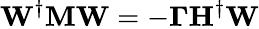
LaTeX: \mathbf{W}^{\dagger}\mathbf{M}\mathbf{W}=-\mathbf{\Gamma}\mathbf{H}^{\dagger}\mathbf{W}